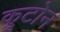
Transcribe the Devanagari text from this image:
क्रूटोन